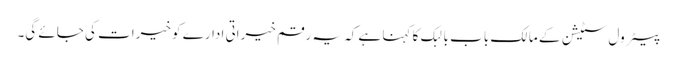
پیٹرول سٹیشن کے مالک باب بالبک کا کہنا ہے کہ یہ رقم خیراتی ادارے کو خیرات کی جائے گی۔